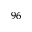
^ { 9 6 }